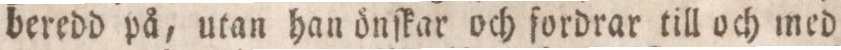
beredd på, utan han önſkar och fordrar till och med